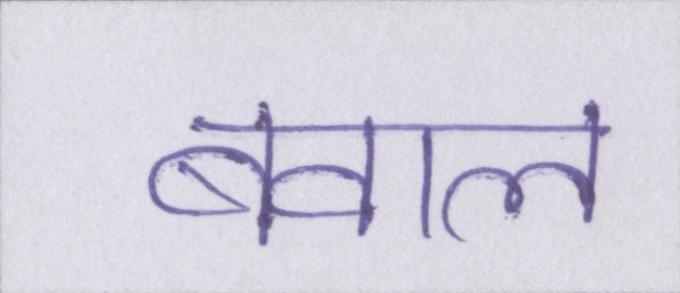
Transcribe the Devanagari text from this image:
बवाल